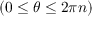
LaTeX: ( 0 \leq \theta \leq 2 \pi n )